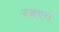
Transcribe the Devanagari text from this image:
वज्रधर।